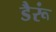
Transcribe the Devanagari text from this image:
डैरूं